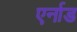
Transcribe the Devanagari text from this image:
एर्नाड